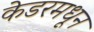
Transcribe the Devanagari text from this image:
केडरमधून